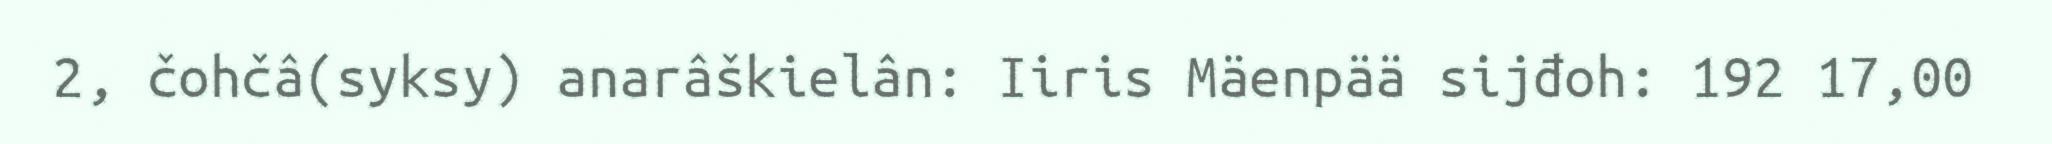
2, čohčâ(syksy) anarâškielân: Iiris Mäenpää sijđoh: 192 17,00